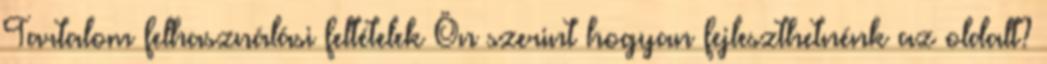
Tartalom felhasználási feltételek Ön szerint hogyan fejleszthetnénk az oldalt?